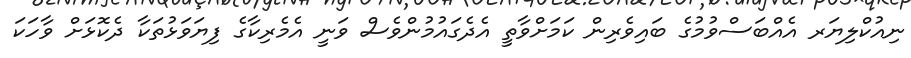
ނިއުކްލިޔަރ އެއްބަސްވުމުގެ ބައިވެރިން ކަމަށްވާތީ އެދެގައުމުންވެސް ވަނީ އެމެރިކާގެ ފިޔަވަޅުތަކާ ދެކޮޅަށް ވާހަކަ